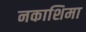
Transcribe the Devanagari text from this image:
नकाशिमा